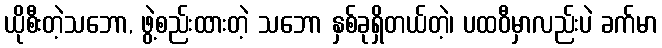
ယိုစီးတဲ့သဘော, ဖွဲ့စည်းထားတဲ့ သဘော နှစ်ခုရှိတယ်တဲ့၊ ပထဝီမှာလည်းပဲ ခက်မာ